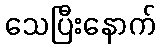
သေပြီးနောက်